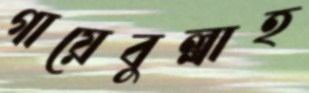
গায়েবুল্লাহ